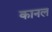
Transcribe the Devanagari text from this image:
कानल